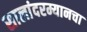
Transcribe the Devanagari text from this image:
सालांदरम्यानचा